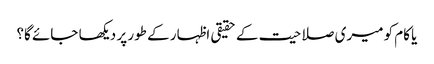
یا کام کو میری صلاحیت کے حقیقی اظہار کے طور پر دیکھا جائے گا؟